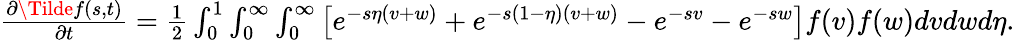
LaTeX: \begin{array}{r}{\begin{array}{r}{\frac{\partial\Tilde{f}(s,t)}{\partial t}=\frac{1}{2}\int_{0}^{1}\int_{0}^{\infty}\int_{0}^{\infty}\left[e^{-s\eta(v+w)}+e^{-s(1-\eta)(v+w)}-e^{-sv}-e^{-sw}\right]f(v)f(w)dvdwd\eta.}\end{array}}\end{array}